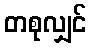
တစုလျှင်